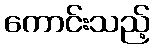
ကောင်းသည့်